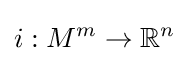
i:M^{m}\to \mathbb {R} ^{n}